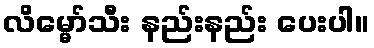
လိမ္မော်သီး နည်းနည်း ပေးပါ။